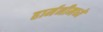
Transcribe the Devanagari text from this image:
हार्मनीमध्ये